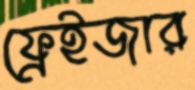
ফ্রেইজার